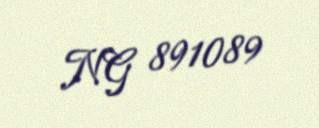
NG 891089